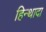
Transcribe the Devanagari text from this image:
हिन्थादा